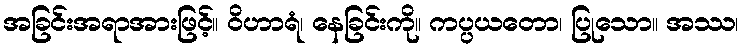
အခြင်းအရာအားဖြင့်။ ဝိဟာရံ၊ နေခြင်းကို။ ကပ္ပယတော၊ ပြုသော။ အဿ၊